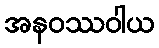
အနဝဿဝါယ